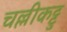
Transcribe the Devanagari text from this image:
चल्लीकट्टु